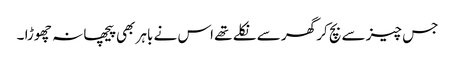
جس چیز سے بچ کر گھر سے نکلے تھے اس نے باہر بھی پیچھا نہ چھوڑا ۔